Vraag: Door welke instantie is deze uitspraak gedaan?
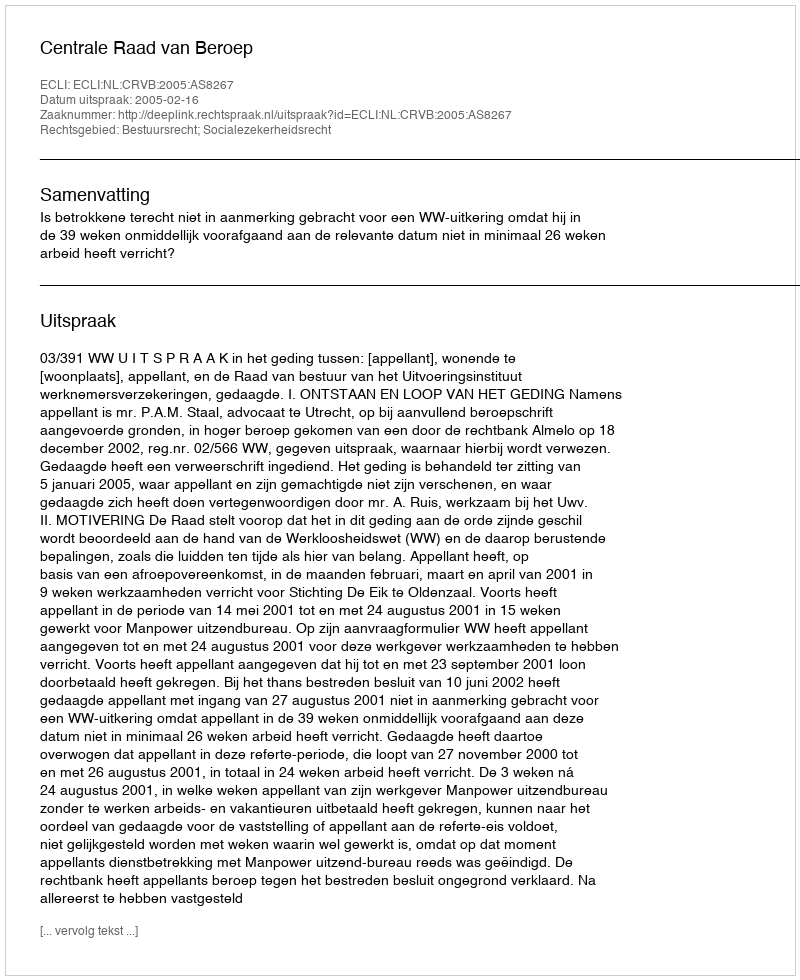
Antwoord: Centrale Raad van Beroep